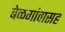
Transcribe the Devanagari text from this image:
बेळगांवासह